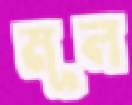
মূল